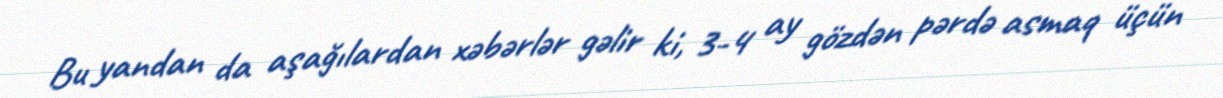
Bu yandan da aşağılardan xəbərlər gəlir ki, 3-4 ay gözdən pərdə asmaq üçün